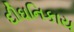
દીઘનિકાય